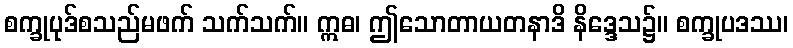
စက္ခုပုဒ်စသည်မဖက် သက်သက်။ ဣဓ၊ ဤသောတာယတနာဒိ နိဒ္ဒေသ၌။ စက္ခုပဒဿ၊